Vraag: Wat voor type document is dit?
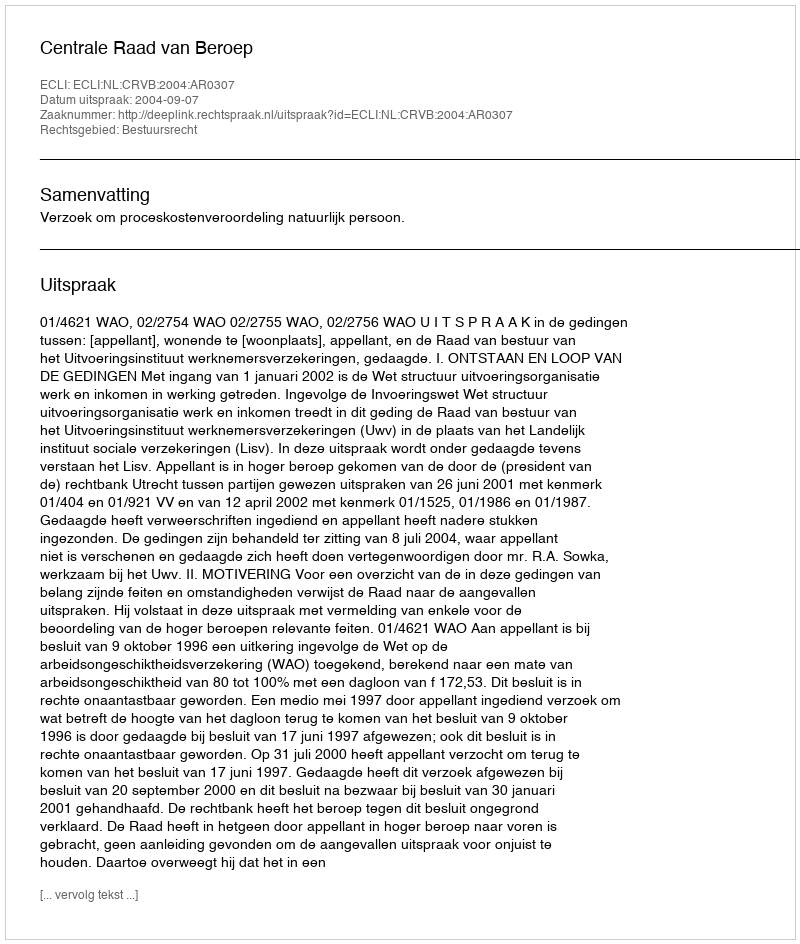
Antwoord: Uitspraak